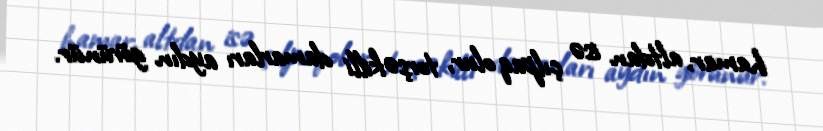
hamar, altdan isə çılpaq olur, torşəkilli damarları aydın görünür.